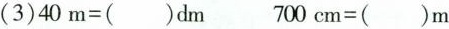
(3)$$4 0 m = (_ ) d m$$ $$7 0 0 c m = (_ ) m